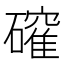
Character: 𮁎